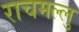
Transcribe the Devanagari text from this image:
राचमल्लु